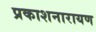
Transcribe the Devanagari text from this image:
प्रकाशनारायण